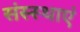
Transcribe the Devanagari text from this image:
संस्स्थाएं